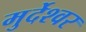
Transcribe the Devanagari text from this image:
मुर्देश्वर